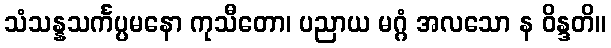
သံသန္နသင်္ကပ္ပမနော ကုသီတော၊ ပညာယ မဂ္ဂံ အလသော န ဝိန္ဒတိ။